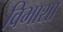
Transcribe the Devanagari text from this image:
विभाशा